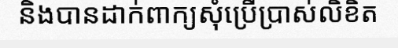
និងបានដាក់ពាក្យសុំប្រើប្រាស់លិខិត